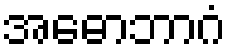
အဓောဘာဂံ